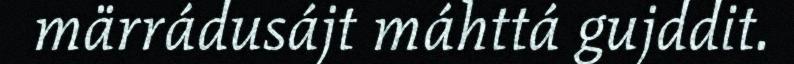
märrádusájt máhttá gujddit.